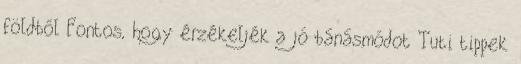
földből Fontos, hogy érzékeljék a jó bánásmódot Tuti tippek